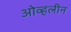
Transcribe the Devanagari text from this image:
ओव्हलीन